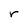
Character: r